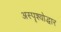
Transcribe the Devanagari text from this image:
अस्पॄश्योद्धार